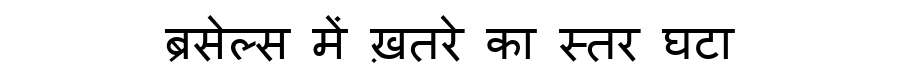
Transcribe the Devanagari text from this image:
ब्रसेल्स में ख़तरे का स्तर घटा